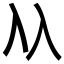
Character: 𠓜